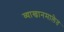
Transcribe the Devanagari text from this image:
व्याखानमालेत